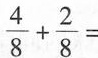
\frac{4}{8}+ \frac{2}{8}=